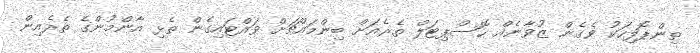
ތިންޕޮލިހަކު ވެގެން ޒުވާނެއް ހޮސްޕިޓަލް ތެރެއަށް ބިންމައްޗަށް ވައްޓައިގެން ތެޅި އާންމުންގެ ތެރެއިން